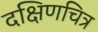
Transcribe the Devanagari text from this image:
दक्षिणचित्र